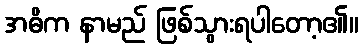
အဓိက နာမည် ဖြစ်သွားရပါတော့၏။